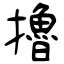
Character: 擼